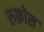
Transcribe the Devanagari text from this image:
रुफ़ोस